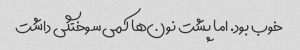
خوب بود. اما پشت نون‌ها کمی سوختگی داشت